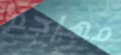
مهاجم